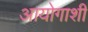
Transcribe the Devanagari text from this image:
आयोगाशी